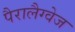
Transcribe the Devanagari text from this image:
पैरालैग्वेज